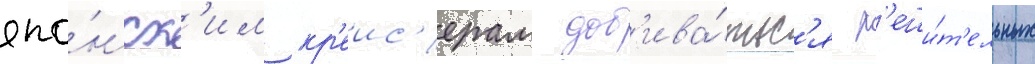
япо́нск'им кр'еис'ерам доб'ива́тьс'я р'еши́т'ельных